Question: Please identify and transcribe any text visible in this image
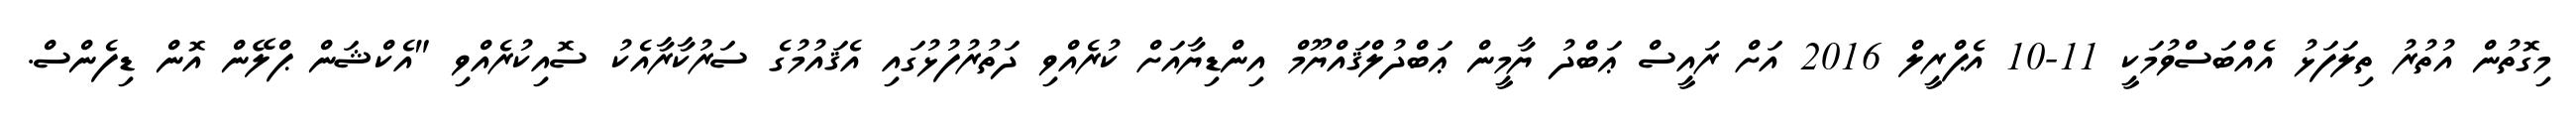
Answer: މިގޮތުން އުތުރު ތިލަފަޅު އެއްބަސްވުމަކީ 11-10 އެޕްރީލް 2016 އަށް ރައީސް ޢަބްދު ޔާމީން ޢަބްދުލްޤައްޔޫމް އިންޑިޔާއަށް ކުރެއްވި ދަތުރުފުޅުގައި އެޤައުމުގެ ސަރުކާރާއެކު ސޮއިކުރެއްވި "އެކްޝަން ޕްލޭން އޮން ޑިފެންސް.